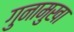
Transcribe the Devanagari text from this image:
गुनामुखा